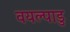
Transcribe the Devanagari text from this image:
वयल्पाडु